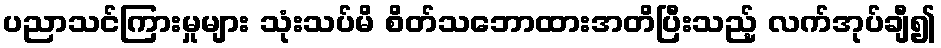
ပညာသင်ကြားမှုများ သုံးသပ်မိ စိတ်သဘောထားအတိပြီးသည့် လက်အုပ်ချီ၍